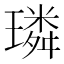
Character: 璘